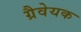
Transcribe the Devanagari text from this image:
ग्रैवेयक